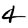
Digit: 4